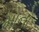
મોનો